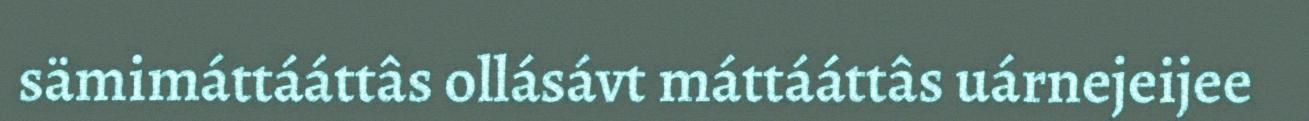
sämimáttááttâs ollásávt máttááttâs uárnejeijee